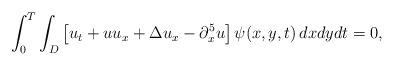
LaTeX: \begin{align*}\displaystyle\int_0^T\int_D\left[u_t+uu_x+\Delta u_x-\partial_x^5u\right]\psi(x,y,t)\,dxdydt=0, \end{align*}